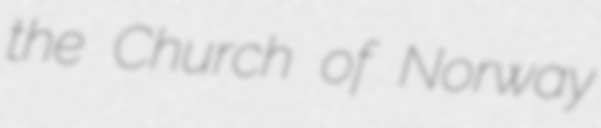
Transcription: the Church of Norway